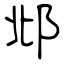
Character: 邶